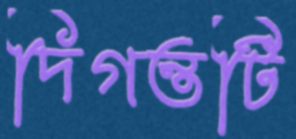
দিগন্তটি